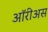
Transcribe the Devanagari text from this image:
ऑरीअस